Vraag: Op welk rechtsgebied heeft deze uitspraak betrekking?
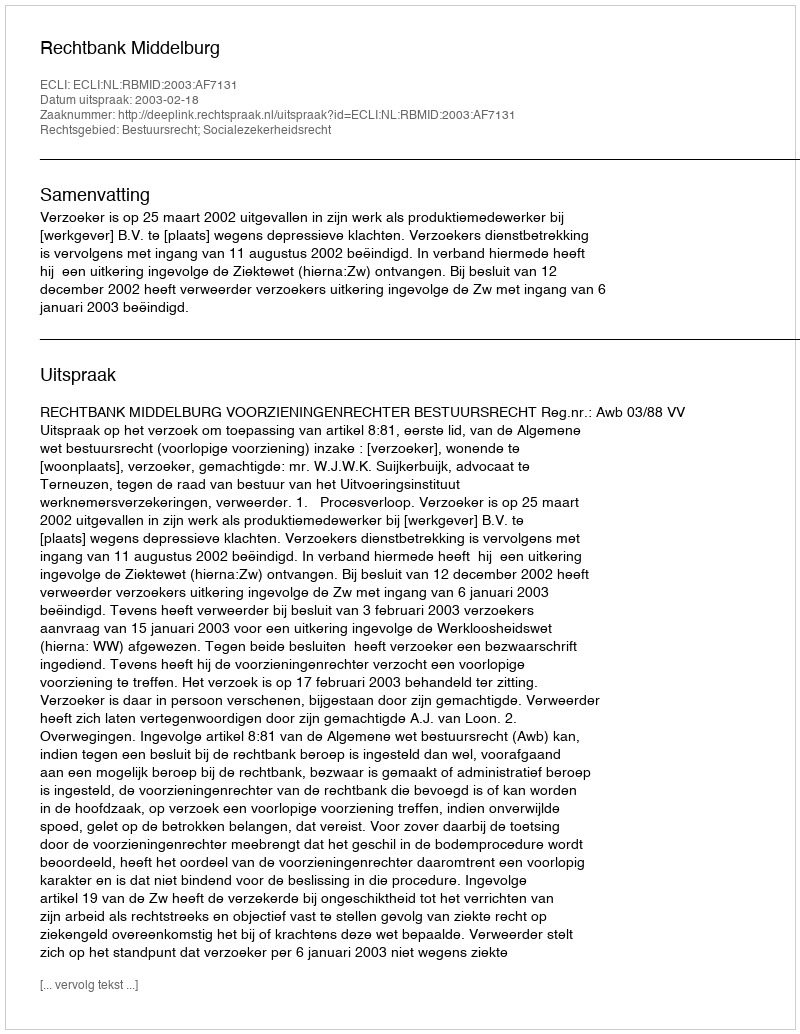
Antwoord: Bestuursrecht; Socialezekerheidsrecht